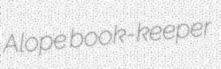
Alope book-keeper